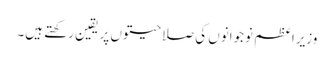
وزیراعظم نوجوانوں کی صلاحیتوں پر یقین رکھتے ہیں۔